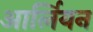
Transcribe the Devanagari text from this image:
आर्लियन